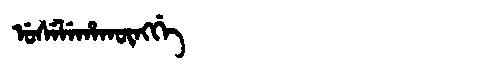
Manchu: ᡠᠰᡝᠯᡝᡥᠠᡴᡡᠩᡤᡝ
Romanization: USELEHAKŪNGGE